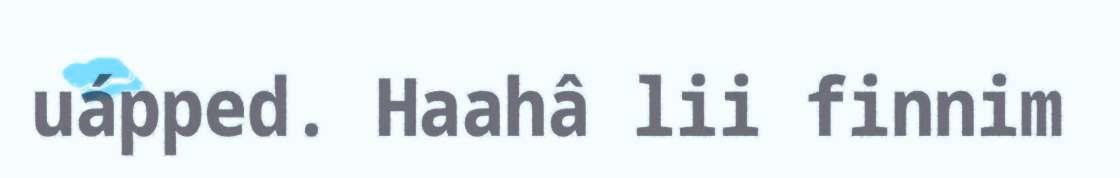
uápped. Haahâ lii finnim